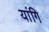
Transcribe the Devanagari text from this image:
यांगि